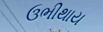
ઉભીથાય